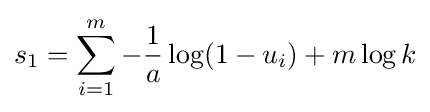
s_{1}=\sum _{i=1}^{m}-{\frac {1}{a}}\log(1-u_{i})+m\log k